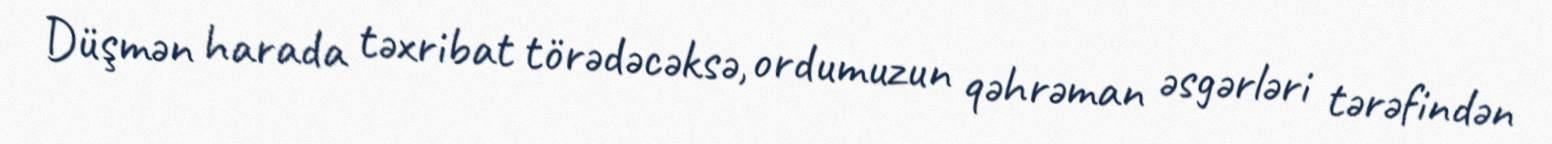
Düşmən harada təxribat törədəcəksə, ordumuzun qəhrəman əsgərləri tərəfindən